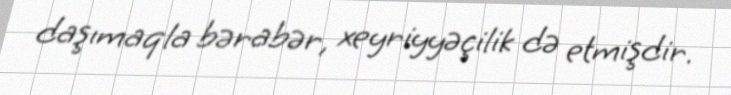
daşımaqla bərabər, xeyriyyəçilik də etmişdir.